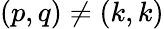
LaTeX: (p,q)\neq(k,k)